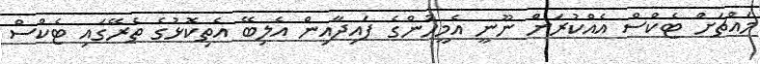
މައްޗަށް ޓެކްސް އެއްކުރަން ނޫނީ އެމީހުންގެ ފައިދާއިން އެލިބޭ އެތިކޮޅުގެ ތެރޭގައި ޓެކްސް